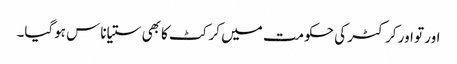
اور تو اور کرکٹر کی حکومت میں کرکٹ کا بھی ستیاناس ہوگیا۔